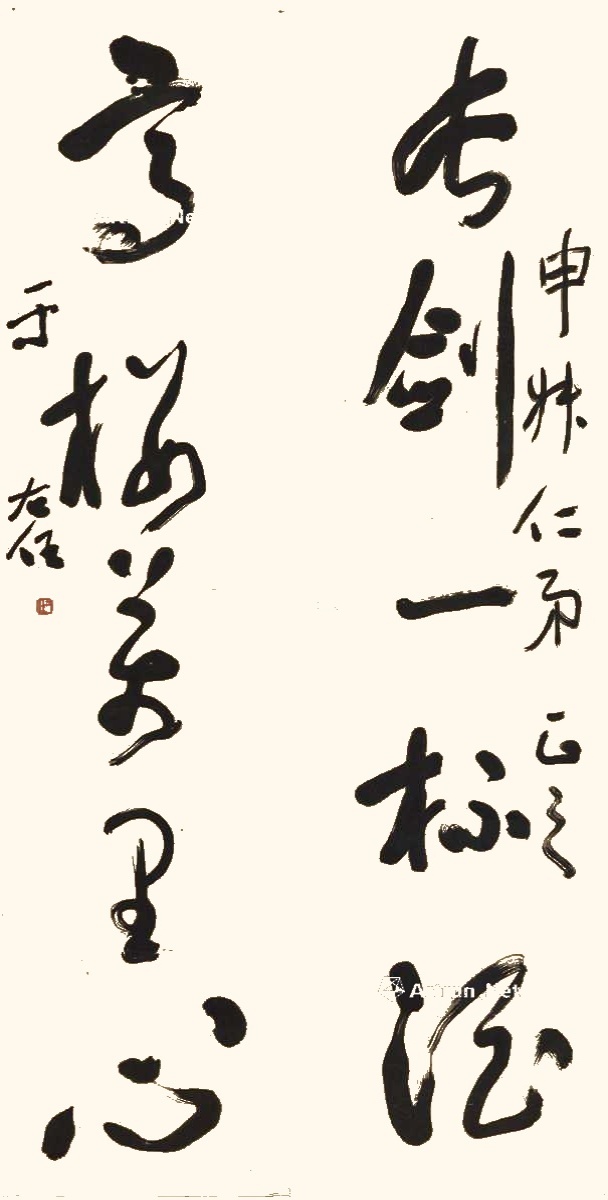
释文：长剑一杯酒，高楼万里心。申叔仁弟正之，于右任。